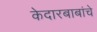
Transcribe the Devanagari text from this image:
केदारबाबांचे